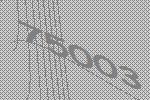
75003